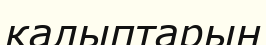
қалыптарын